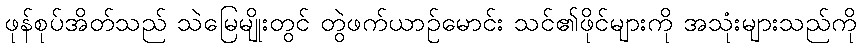
ဖုန်စုပ်အိတ်သည် သဲမြေမျိုးတွင် တွဲဖက်ယာဉ်မောင်း သင်၏ဖိုင်များကို အသုံးများသည်ကို